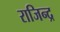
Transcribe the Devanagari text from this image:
राजिन्द्र